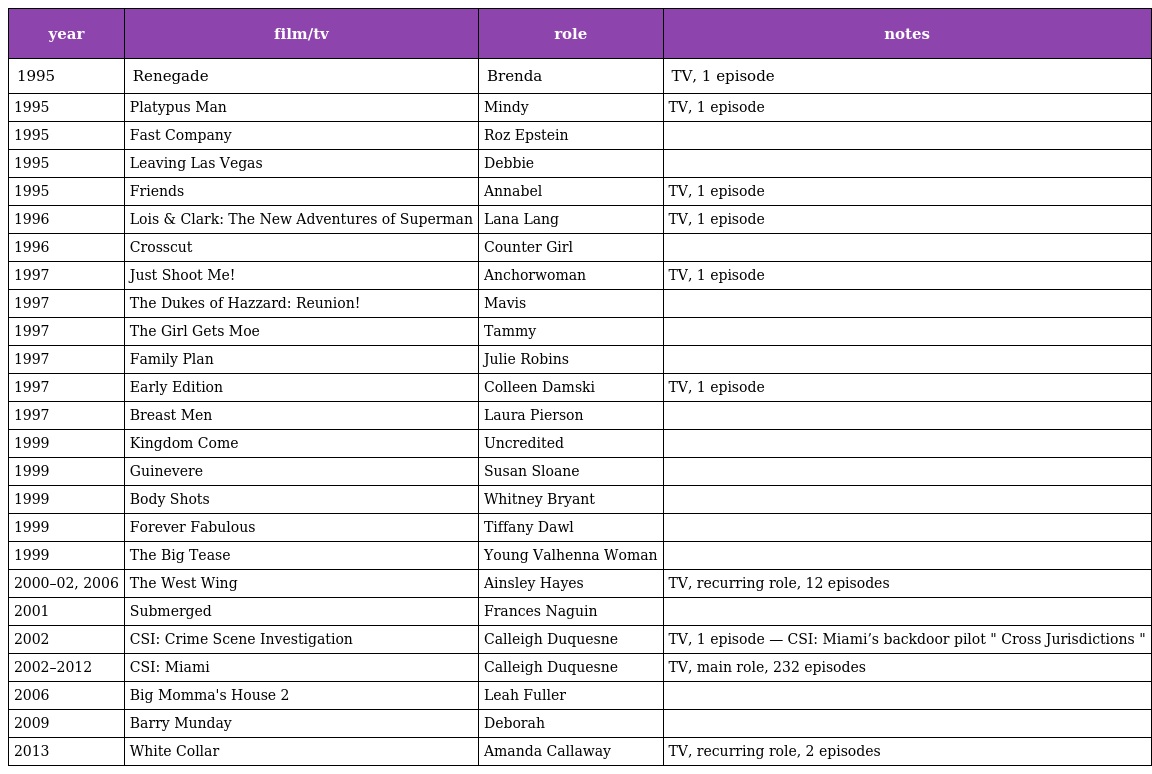
| year | film/tv | role | notes |
 | --- | --- | --- | --- |
 | 1995 | Renegade | Brenda | TV, 1 episode |
 | 1995 | Platypus Man | Mindy | TV, 1 episode |
 | 1995 | Fast Company | Roz Epstein |  |
 | 1995 | Leaving Las Vegas | Debbie |  |
 | 1995 | Friends | Annabel | TV, 1 episode |
 | 1996 | Lois & Clark: The New Adventures of Superman | Lana Lang | TV, 1 episode |
 | 1996 | Crosscut | Counter Girl |  |
 | 1997 | Just Shoot Me! | Anchorwoman | TV, 1 episode |
 | 1997 | The Dukes of Hazzard: Reunion! | Mavis |  |
 | 1997 | The Girl Gets Moe | Tammy |  |
 | 1997 | Family Plan | Julie Robins |  |
 | 1997 | Early Edition | Colleen Damski | TV, 1 episode |
 | 1997 | Breast Men | Laura Pierson |  |
 | 1999 | Kingdom Come | Uncredited |  |
 | 1999 | Guinevere | Susan Sloane |  |
 | 1999 | Body Shots | Whitney Bryant |  |
 | 1999 | Forever Fabulous | Tiffany Dawl |  |
 | 1999 | The Big Tease | Young Valhenna Woman |  |
 | 2000–02, 2006 | The West Wing | Ainsley Hayes | TV, recurring role, 12 episodes |
 | 2001 | Submerged | Frances Naguin |  |
 | 2002 | CSI: Crime Scene Investigation | Calleigh Duquesne | TV, 1 episode — CSI: Miami’s backdoor pilot " Cross Jurisdictions " |
 | 2002–2012 | CSI: Miami | Calleigh Duquesne | TV, main role, 232 episodes |
 | 2006 | Big Momma's House 2 | Leah Fuller |  |
 | 2009 | Barry Munday | Deborah |  |
 | 2013 | White Collar | Amanda Callaway | TV, recurring role, 2 episodes |